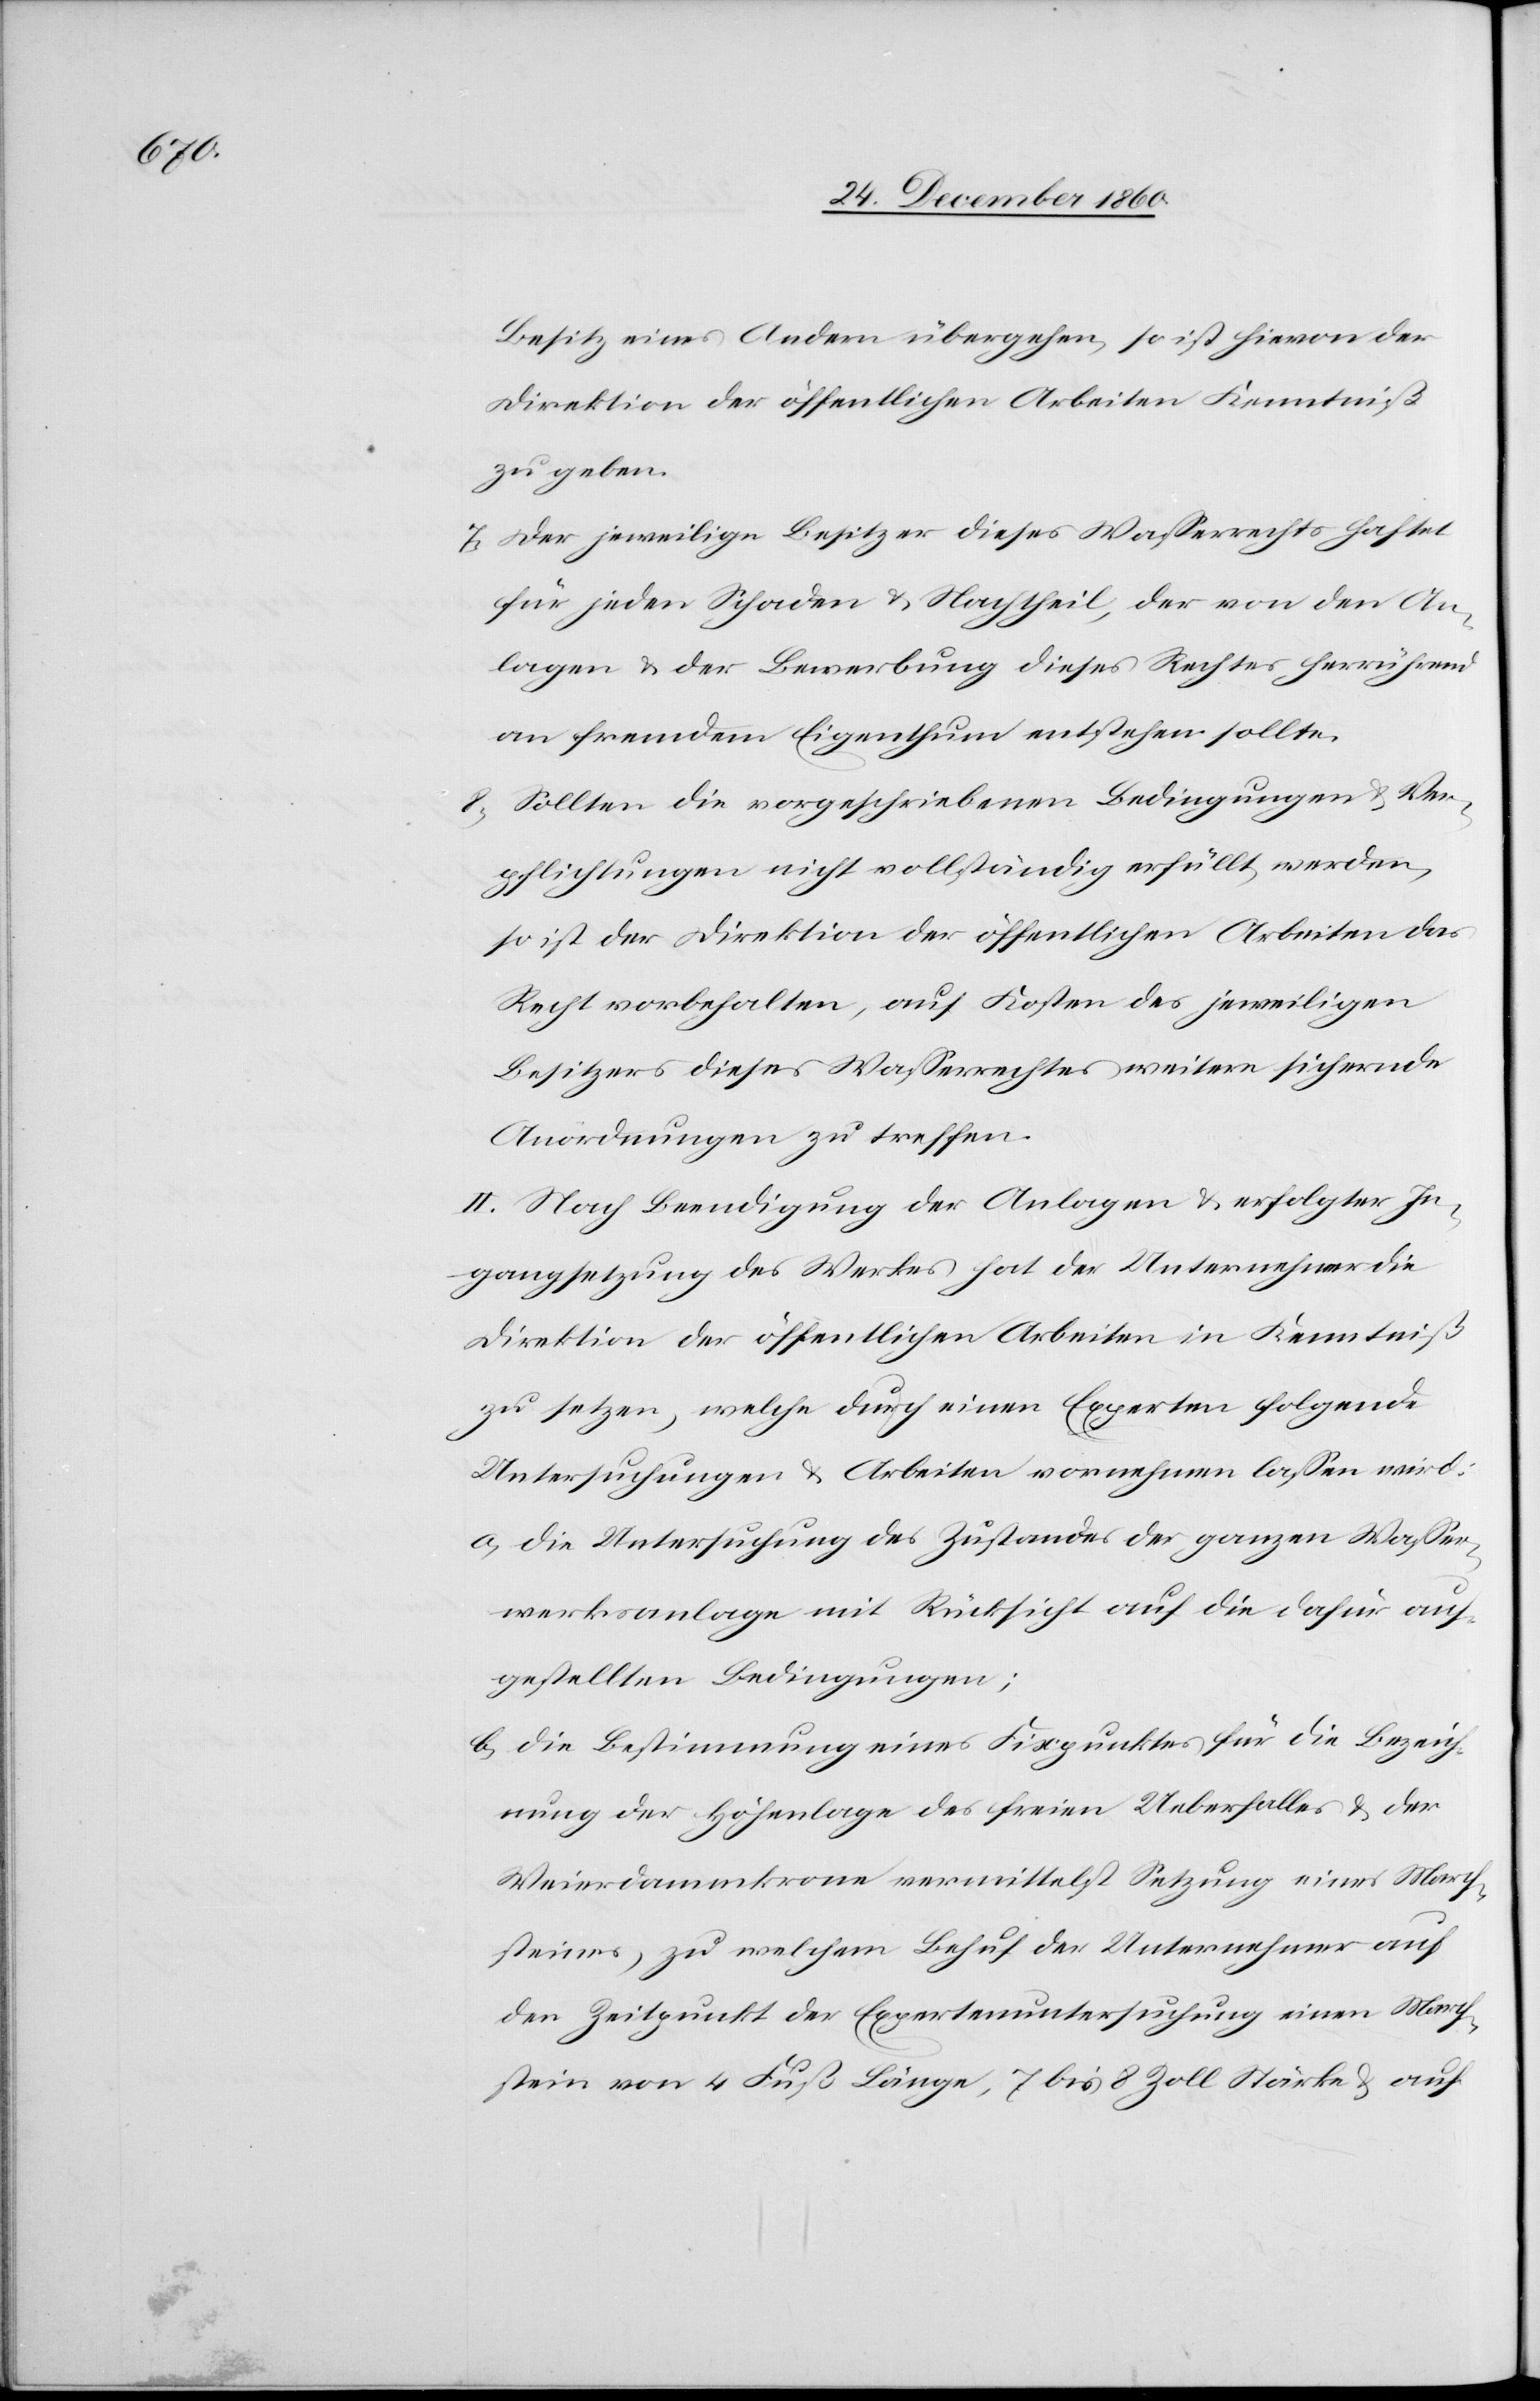
Besitz eines Andern übergehen, so ist hievon der
Direktion der öffentlichen Arbeiten Kenntniß
zu geben.
7. Der jeweilige Besitzer dieses Wasserrechts haftet
für jeden Schaden u. Nachtheil, der von den An¬
lagen u. der Bewerbung dieses Rechtes herrührend
an fremdem Eigenthum entstehen sollte.
8. Sollten die vorgeschriebenen Bedingungen u. Ver¬
pflichtungen nicht vollständig erfüllt werden,
so ist der Direktion der öffentlichen Arbeiten das
Recht vorbehalten, auf Kosten des jeweiligen
Besitzers dieses Wasserrechtes weitere sichernde
Anordnungen zu treffen.
II. Nach Beendigung der Anlagen u. erfolgter In¬
gangsetzung des Werkes hat der Unternehmer die
Direktion der öffentlichen Arbeiten in Kenntniß
zu setzen, welche durch einen Experten folgende
Untersuchungen u. Arbeiten vornehmen lassen wird:
a. Die Untersuchung des Zustandes der ganzen Wasser¬
werksanlage mit Rücksicht auf die dafür auf¬
gestellten Bedingungen;
b. die Bestimmung eines Fixpunktes für die Bezeich¬
nung der Höhenlage des freien Ueberfalles u. der
Weierdammkrone vermittelst Setzung eines March¬
steines, zu welchem Behuf der Unternehmer auf
den Zeitpunkt der Expertenuntersuchung einen March¬
stein von 4 Fuß Länge, 7 bis 8 Zoll Stärke u. auf